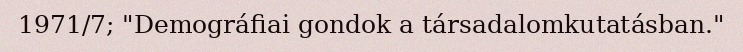
1971/7; "Demográfiai gondok a társadalomkutatásban."